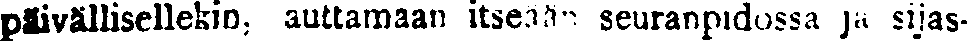
päivällisellekin, auttamaan itseään seuranpidossa ja sijas-